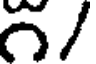
౧/